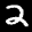
Label: 2